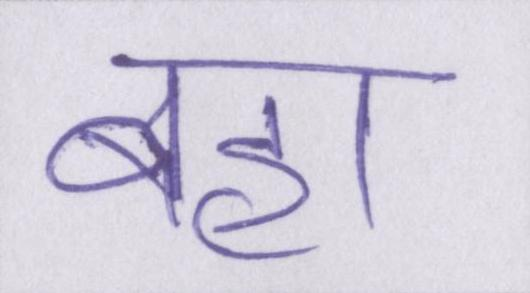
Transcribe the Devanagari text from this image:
बहा